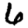
Digit: 6